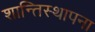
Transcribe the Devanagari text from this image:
शान्तिस्थापना